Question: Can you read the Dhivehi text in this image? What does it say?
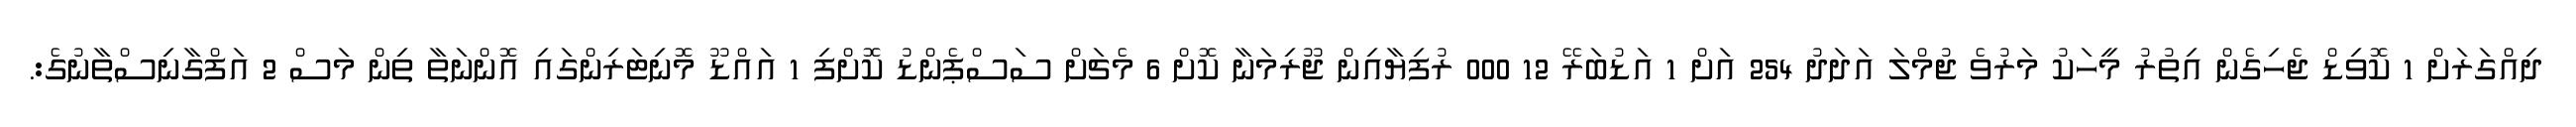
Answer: ދިއްގަރަށް 1 ކޮވިޑް ޖެހިގެން އިތުރު މީހަކު މަރުވެ ޖުމްލަ އަދަދު 254 އަށް 1 އަޑުބަރޭ 12 000 ރުފިޔާއިން ޖޫރިމަނާ ކޮށް 6 މެޗަށް ސަސްޕެންޑު ކޮށްފި 1 އައްޑޫ މޮނިޓަރިންގައި އޮންނަތާ ތިން މަސް 2 އަފްގާނިސްތާނުގެ:.